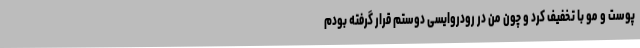
پوست و مو با تخفیف کرد و چون من در رودروایسی دوستم قرار گرفته بودم